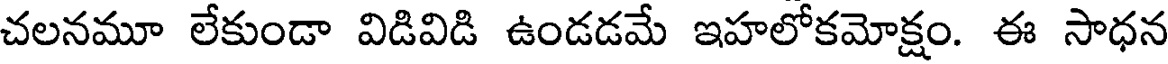
చలనమూ లేకుండా విడివిడి ఉండడమే ఇహలోకమోక్షం. ఈ సాధన